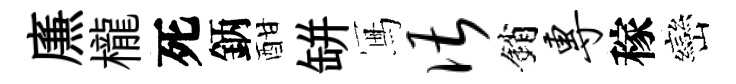
㢘櫳死鈵酣缾冩谌銷专稼巒